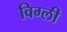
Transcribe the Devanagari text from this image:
विग्ली